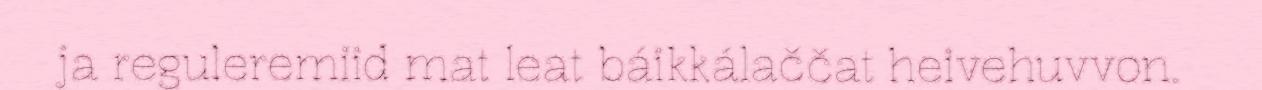
ja reguleremiid mat leat báikkálaččat heivehuvvon.